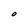
Character: O